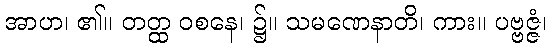
အာဟ၊ ၏။ တတ္ထ ဝစနေ၊ ၌။ သမဏေနာတိ၊ ကား။ ပဗ္ဗဇ္ဇံ၊